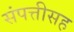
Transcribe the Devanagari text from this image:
संपत्तीसह